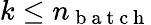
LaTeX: k\le n_{\mathrm{~b~a~t~c~h~}}